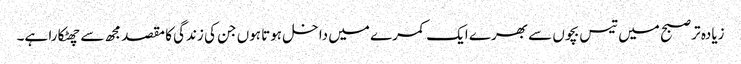
زیادہ تر صبح میں تیس بچوں سے بھرے ایک کمرے میں داخل ہوتا ہوں جن کی زندگی کا مقصد مجھ سے چھٹکارا ہے۔